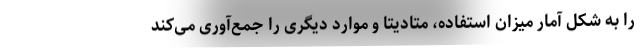
را به شکل آمار میزان استفاده، متادیتا و موارد دیگری را جمع‌آوری می‌کند